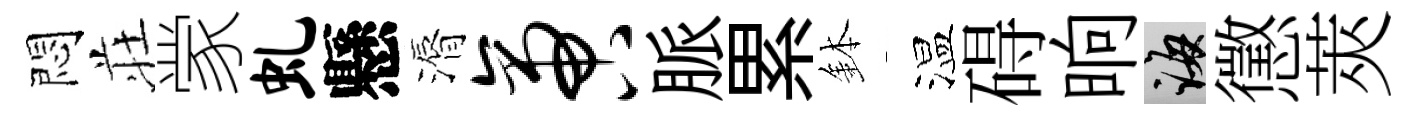
悶荘䝉虬懸漘啻脈累鉢温碍晌誨懲莢